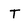
Character: T